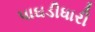
પાઘડીધારી